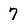
Character: 7